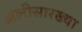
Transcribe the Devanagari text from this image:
अलीसारख्या